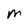
Character: M